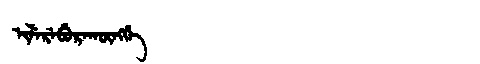
Manchu: ᡳᠯᡝᡵᡝᠪᡠᡵᠠᡴᡡᠩᡤᡝ
Romanization: ILEREBURAKŪNGGE